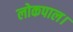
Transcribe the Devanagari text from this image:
लोकपाल।